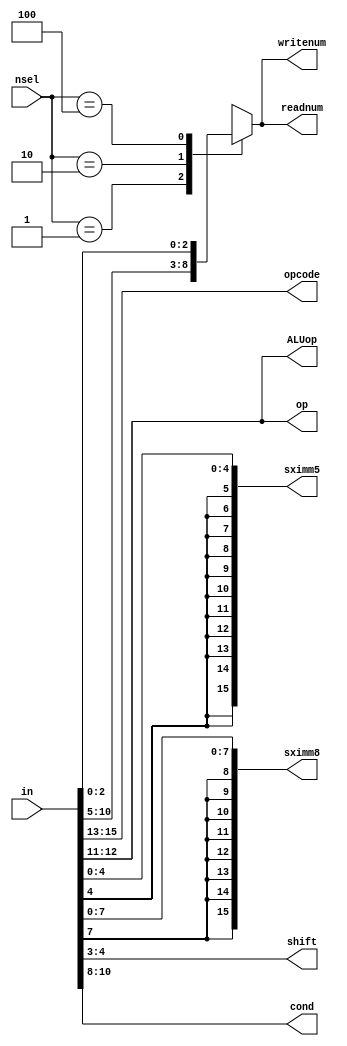
module instructionDecoder(in, nsel, opcode, op, ALUop, sximm5, sximm8, shift, readnum, writenum,cond);
  input [15:0] in;
  input [2:0] nsel;
  output [1:0] ALUop, shift, op;
  output reg[2:0] readnum;
  output [2:0] opcode, writenum,cond;
  output reg[15:0] sximm5, sximm8;
 
  assign opcode = in[15:13];
  assign op = in[12:11];
  assign ALUop = in[12:11];
  assign shift = in[4:3];
  assign cond = in[10:8]; 

  always @(*) begin
  //mux that assigns readnum proper bits of in based on nsel
    case(nsel)
      3'b001: readnum = in[10:8]; //Rn
      3'b010: readnum = in[7:5]; //Rd
      3'b100: readnum = in[2:0]; //Rm
      default: readnum = 3'bx;
    endcase
  end
  assign writenum = readnum;
  

  always @(*) begin
  //get sign extension of first 5 bits of in
    sximm5 = {{11{in[4]}}, in[4:0]};
  end
  always @(*) begin
  //get sign extension of first 8 bits of in
    sximm8 = {{8{in[7]}}, in[7:0]};
  end

endmodule